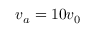
v _ { a } = 1 0 v _ { 0 }